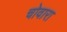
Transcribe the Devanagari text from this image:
चोवारा